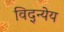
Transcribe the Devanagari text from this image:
विद्न्येय